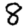
Digit: 8